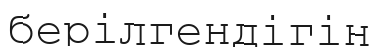
берілгендігін